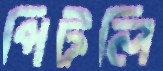
পিটলি